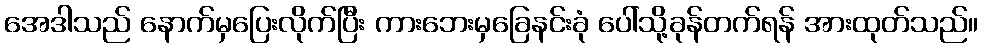
အေဒါသည် နောက်မှပြေးလိုက်ပြီး ကားဘေးမှခြေနင်းခုံ ပေါ်သို့ခုန်တက်ရန် အားထုတ်သည်။